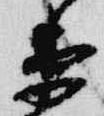
衛